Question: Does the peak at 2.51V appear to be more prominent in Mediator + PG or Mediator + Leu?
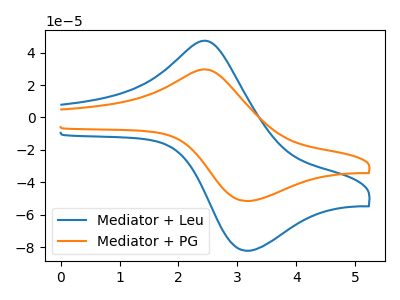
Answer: <think>The blue curve "Mediator + Leu" has an anodic peak at (2.50V, 46.95uA) and a cathodic peak at (3.15V, -82.20uA). The orange curve "Mediator + PG" has an anodic peak at (2.50V, 29.45uA) and a cathodic peak at (3.15V, -51.50uA).</think>
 <answer>The peak at 2.51V is lower in "Mediator + PG" than in "Mediator + Leu".</answer>
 <eval>lower</eval>